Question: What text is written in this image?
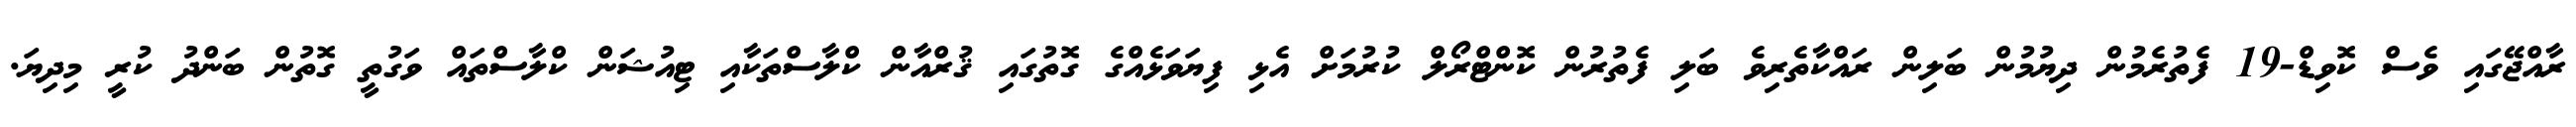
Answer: ރާއްޖޭގައި ވެސް ކޮވިޑް-19 ފެތުރެމުން ދިޔުމުން ބަލިން ރައްކާތެރިވެ ބަލި ފެތުރުން ކޮންޓްރޯލް ކުރުމަށް އެޅި ފިޔަވަޅެއްގެ ގޮތުގައި ޤުރްއާން ކްލާސްތަކާއި ޓިއުޝަން ކްލާސްތައް ވަގުތީ ގޮތުން ބަންދު ކުރީ މިދިޔަ.